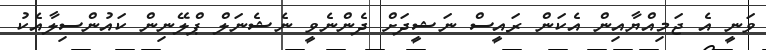
ވަނީ އެ ޖަމިއްޔާއިން އެކަން ރައީސް ނަޝީދަށް ދެންނެވީ ނެޝެނަލް ޕްލޭނިން ކައުންސިލާއެކު